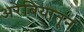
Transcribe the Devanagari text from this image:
अरेबियातून